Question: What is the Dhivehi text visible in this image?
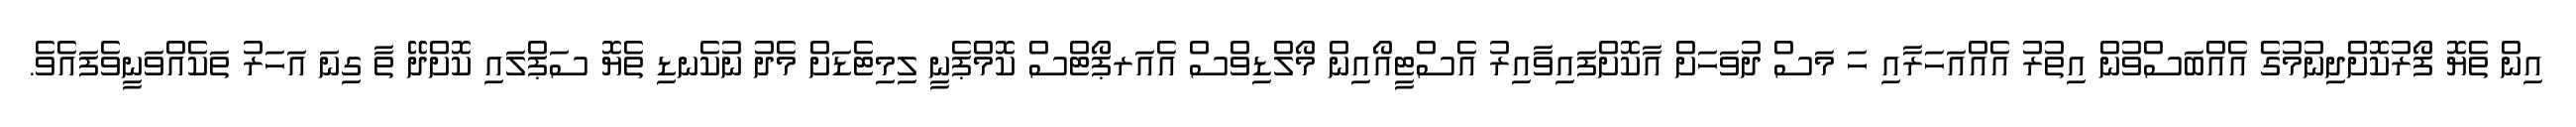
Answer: އިން ތެޔޮ ފޯރުކޮށްދިނުމުގެ އެއްބަސްވުން އިތުރު އެއްއަހަރާއި ހަ މަސް ދުވަހަށް އާކޮށްފައިވާއިރު އެސްޓީއޯއިން މޯލްޑިވްސް އެއަރޕޯޓްސް ކޮމްޕެނީ ލިމިޓެޑަށް މެދު ނުކެނޑި ތެޔޮ ސަޕްލައި ކޮށްދޭ ތާ ގިނަ އަހަރު ތަކެއްވަނީވެފައެވެ.